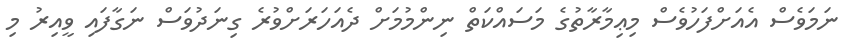
ނަމަވެސް އެއަށްފަހުވެސް މިޢިމާރާތުގެ މަސައްކަތް ނިންމުމަށް ދެއަހަރަށްވުރެ ގިނަދުވަސް ނަގާފައި ވީއިރު މި